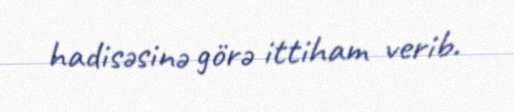
hadisəsinə görə ittiham verib.